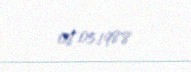
08.05.1988